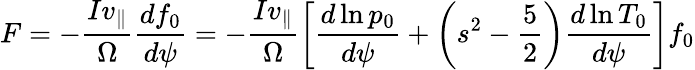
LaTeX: F=-\frac{Iv_{\| }}{\Omega}\frac{df_{0}}{d\psi}=-\frac{Iv_{\| }}{\Omega}\left[\frac{d\ln p_{0}}{d\psi}+\left(s^{2}-\frac{5}{2}\right)\frac{d\ln T_{0}}{d\psi}\right]f_{0}